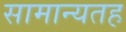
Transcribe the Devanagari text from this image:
सामान्यतह